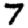
Digit: 7